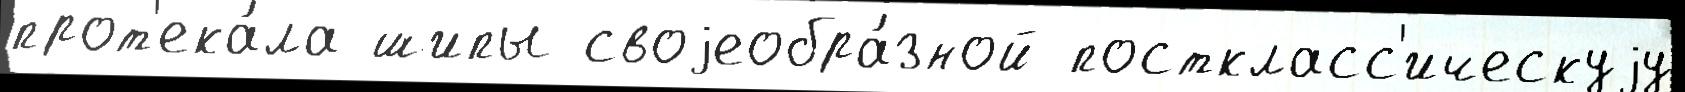
прот'ека́ла шипы своjеобра́зной посткласс'ическуjу